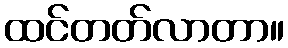
ထင်တတ်လာတာ။